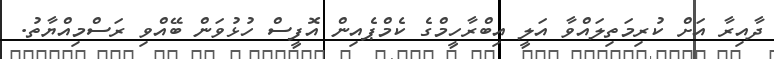
ދާއިރާ އަށް ކުރިމަތިލައްވާ އަލީ އިބްރާހީމްގެ ކެމްޕެއިން އޮފީސް ހުޅުވަން ބޭއްވި ރަސްމިއްޔާތު.